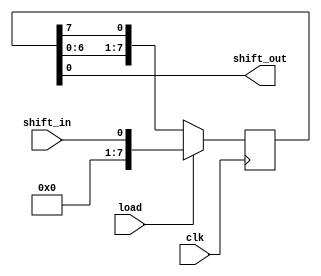
module shift_register(
  input wire clk,
  input wire load,
  input wire shift_in,
  output reg shift_out
);

reg [7:0] register;

always @ (posedge clk) begin
  if (load) begin
    register <= shift_in;
  end else begin
    register <= {register[6:0], register[7]};
  end
end

assign shift_out = register[0];

endmodule